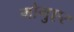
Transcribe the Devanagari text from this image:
मोगुएर